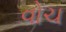
વોચ